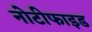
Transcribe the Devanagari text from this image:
नोटीफाइड